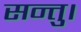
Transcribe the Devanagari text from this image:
सन्तु।